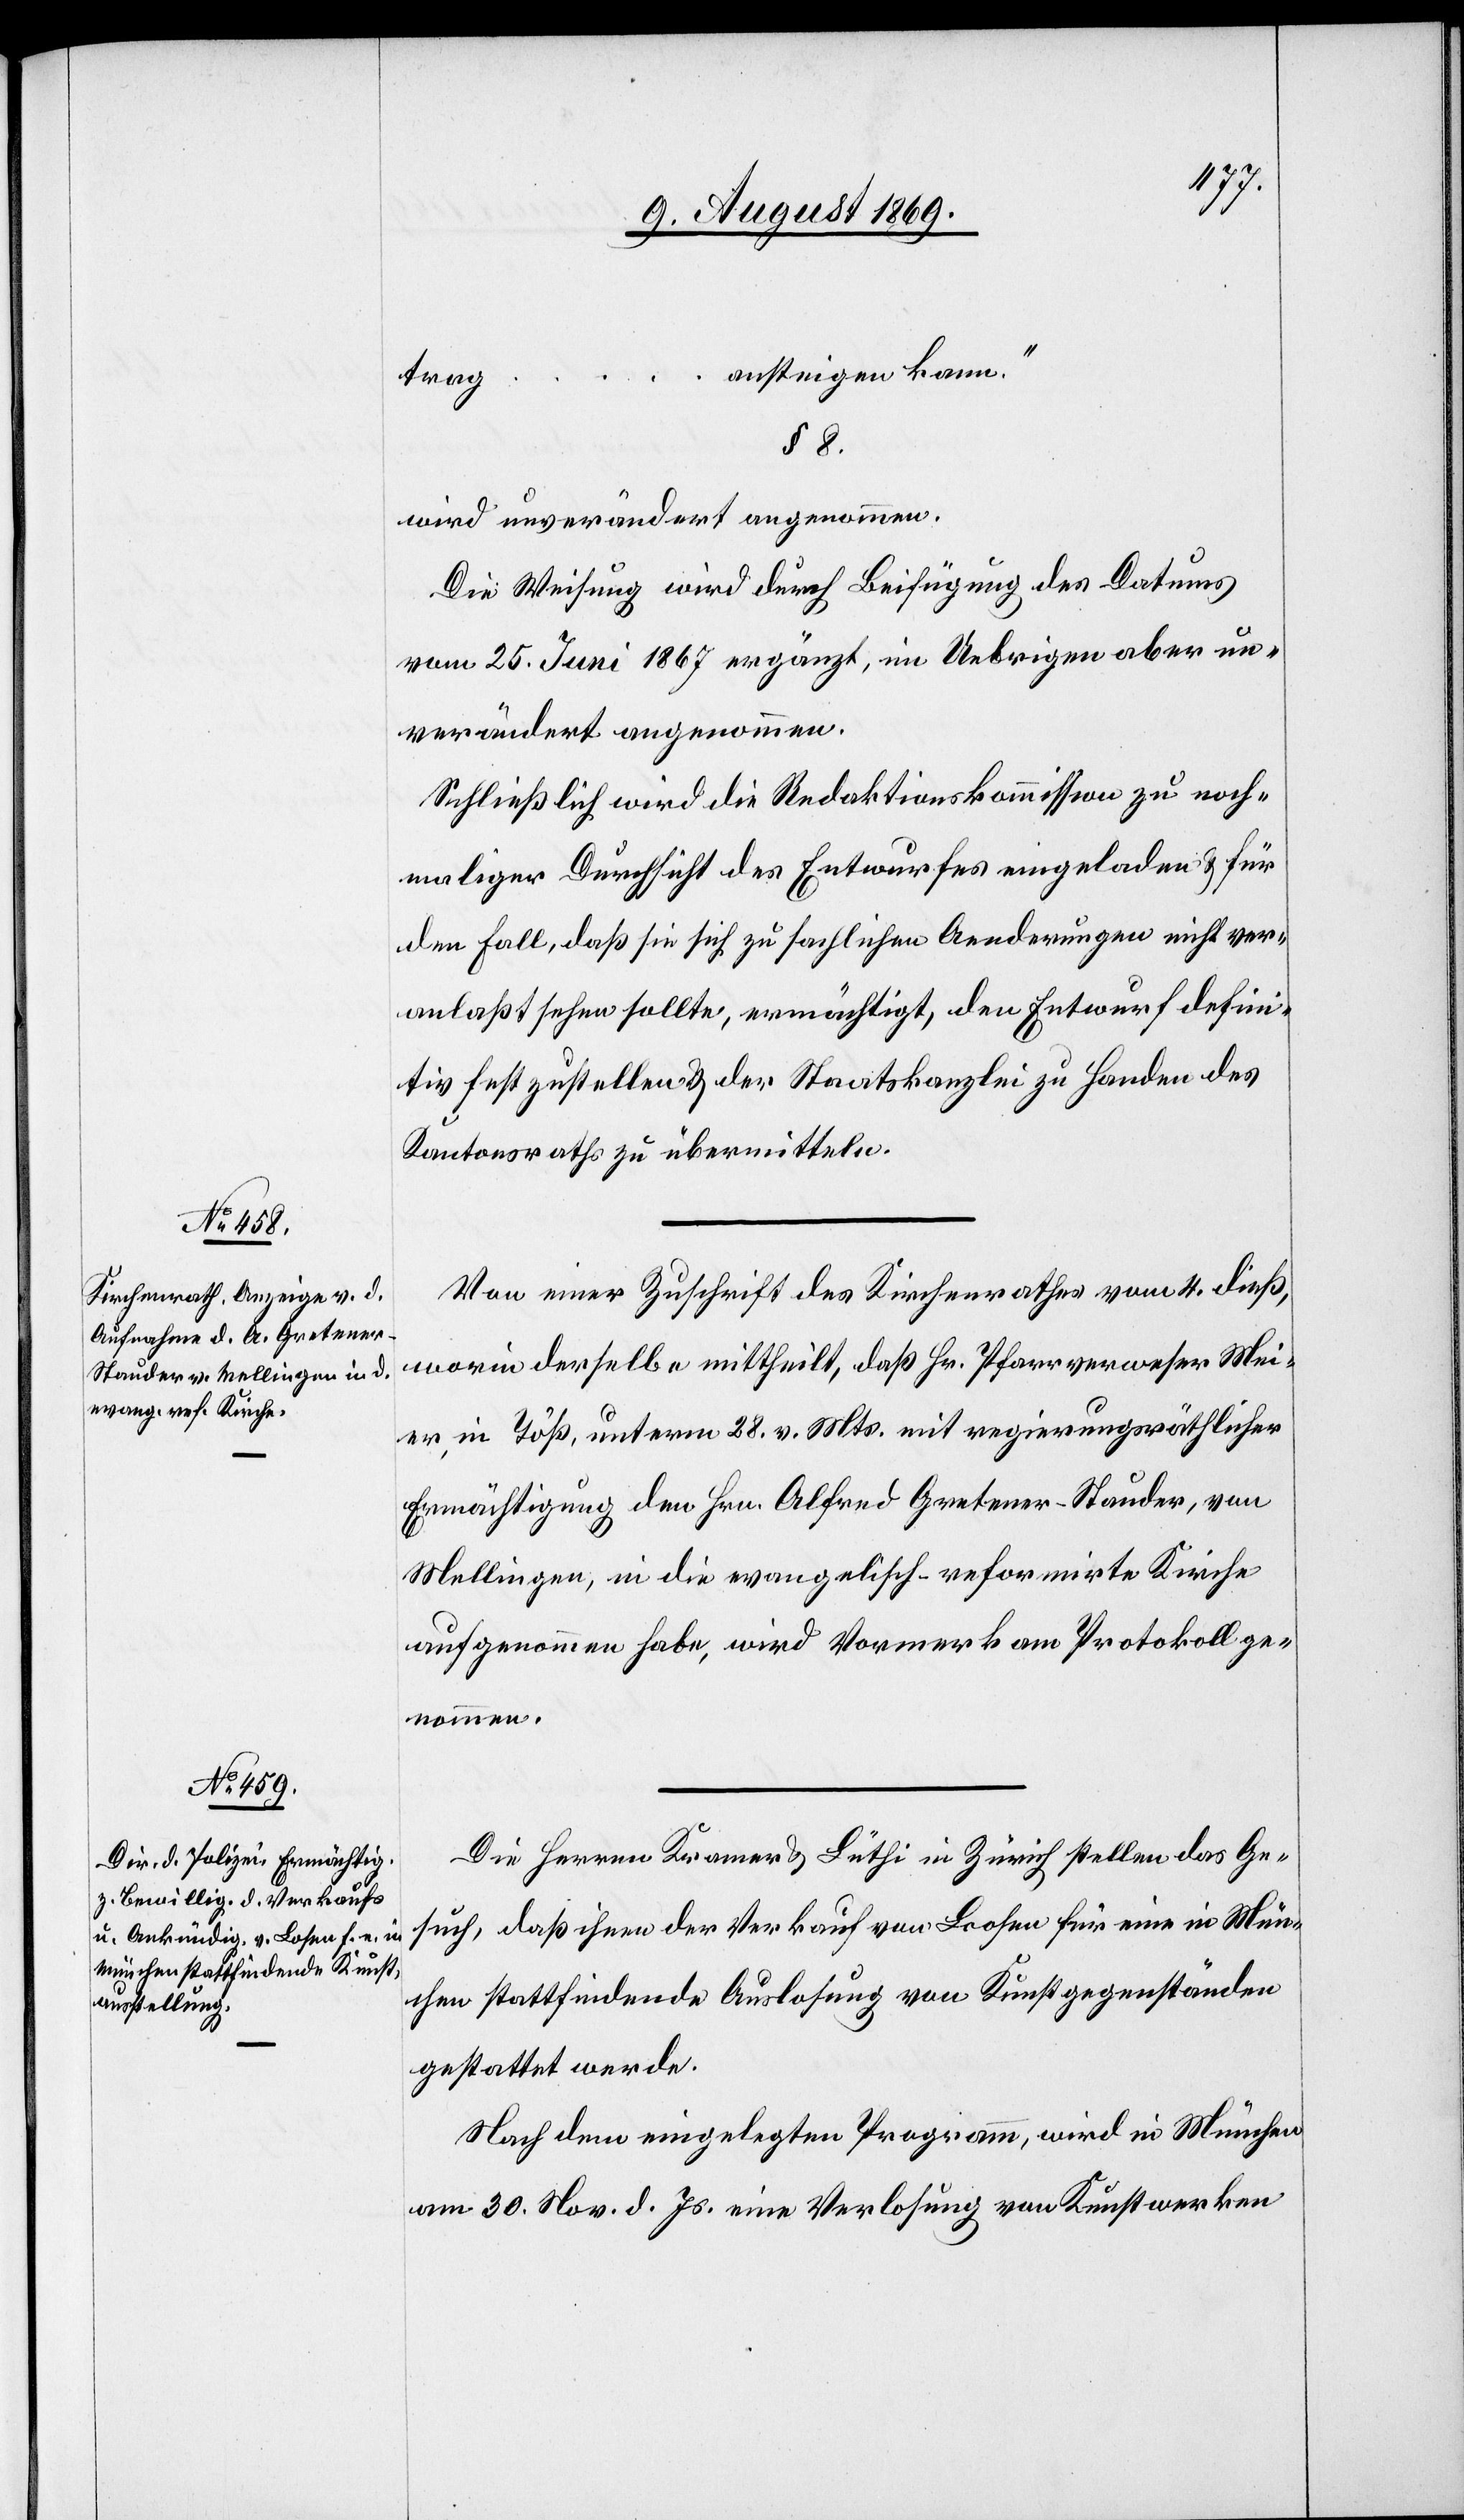
…
ansteigen kann.“
trag
§ 8.
wird unverändert angenommen.
Die Weisung wird durch Beifügung des Datums
vom 25. Juni 1867 ergänzt, im Uebrigen aber un¬
verändert angenommen.
Schließlich wird die Redaktionskommission zu noch¬
maliger Durchsicht des Entwurfes eingeladen & für
den Fall, daß sie sich zu sachlichen Aenderungen nicht ver¬
anlaßt sehen sollte, ermächtigt, den Entwurf defini¬
tiv fest zustellen & der Staatskanzlei zu Handen des
Kantonsraths zu übermitteln.
Von einer Zuschrift des Kirchenrathes vom 4 dieß,
worin derselbe mittheilt, daß Hr. Pfarrverweser Mei¬
er, in Töß, unterm 28 v. Mts. mit regierungsräthlicher
Ermächtigung den Hrn. Alfred Gretener-Stauder, von
Mellingen, in die evangelisch-reformirte Kirche
aufgenommen habe, wird Vormerk am Protokoll ge¬
nommen.
Die Herren Kramer & Lüthi in Zürich stellen das Ge¬
such, daß ihnen der Verkauf von Loosen [sic!] für eine in Mün¬
chen stattfindende Auslosung von Kunstgegenständen
gestattet werde.
Nach dem eingelegten Programm, wird in München
am 30 Nov. d. Js. eine Verlosung von Kunstwerken